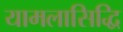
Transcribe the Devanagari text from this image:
यामलासिद्धि